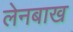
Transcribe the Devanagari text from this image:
लेनबाख